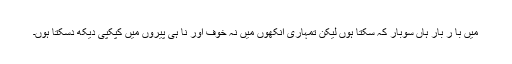
میں با ر بار ہاں سوبار کہ سکتا ہوں لیکن تمہاری آنکھوں میں نہ خوف اور نا ہی پیروں میں کپکپی دیکھ دسکتا ہوں۔